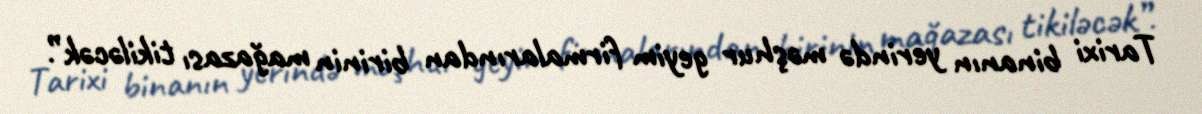
Tarixi binanın yerində məşhur geyim firmalarından birinin mağazası tikiləcək”.